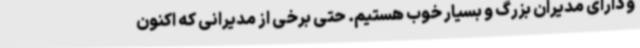
و دارای مدیران بزرگ و بسیار خوب هستیم. حتی برخی از مدیرانی که اکنون